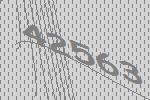
42563